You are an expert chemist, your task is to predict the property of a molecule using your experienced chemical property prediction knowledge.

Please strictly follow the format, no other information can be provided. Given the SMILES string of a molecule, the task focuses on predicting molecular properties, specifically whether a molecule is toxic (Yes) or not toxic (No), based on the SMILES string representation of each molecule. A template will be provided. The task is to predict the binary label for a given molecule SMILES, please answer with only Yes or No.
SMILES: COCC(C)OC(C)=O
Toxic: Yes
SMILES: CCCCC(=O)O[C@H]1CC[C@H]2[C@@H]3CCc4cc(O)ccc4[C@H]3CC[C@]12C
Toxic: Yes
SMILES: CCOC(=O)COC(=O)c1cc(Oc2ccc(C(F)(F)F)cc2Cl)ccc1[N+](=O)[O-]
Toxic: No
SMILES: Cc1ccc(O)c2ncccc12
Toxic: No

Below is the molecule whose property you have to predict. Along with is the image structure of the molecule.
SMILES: CC[C@H]1CN2CCc3cc(OC)c(OC)cc3[C@@H]2C[C@@H]1C[C@H]1NCCc2cc(OC)c(OC)cc21
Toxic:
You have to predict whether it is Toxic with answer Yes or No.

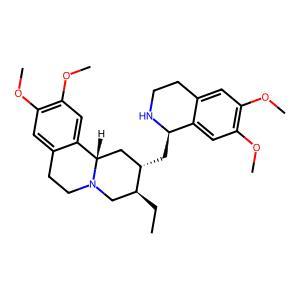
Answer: No